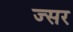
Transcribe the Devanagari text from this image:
ज्सर